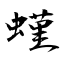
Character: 螼